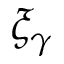
\xi _ { \gamma }